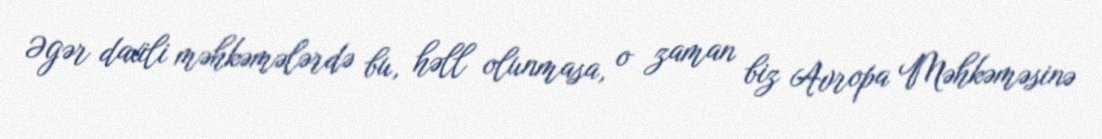
Əgər daxili məhkəmələrdə bu, həll olunmasa, o zaman biz Avropa Məhkəməsinə